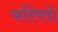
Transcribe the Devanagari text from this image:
फरिष्तो